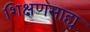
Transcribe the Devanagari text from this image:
शिक्षणसाह्य